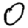
Digit: 0